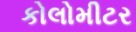
કોલોમીટર